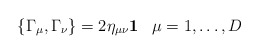
\begin{align*}\{ \Gamma_{\mu}, \Gamma_{\nu} \} = 2 \eta_{\mu \nu} {\bf 1}\;\;\; \mu = 1,\ldots,D\end{align*}